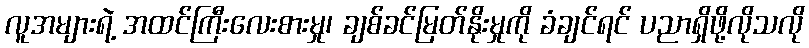
လူအများရဲ့ အထင်ကြီးလေးစားမှု၊ ချစ်ခင်မြတ်နိုးမှုကို ခံချင်ရင် ပညာရှိဖို့လိုသလို